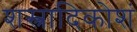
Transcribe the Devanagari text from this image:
शस्त्रादिकोशं